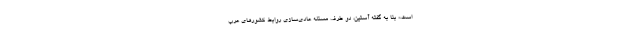
است.» بنا به گفته آستین، دو طرف مسئله عادی‌سازی روابط کشورهای عرب